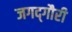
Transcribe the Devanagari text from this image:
जगद्‌गौरी